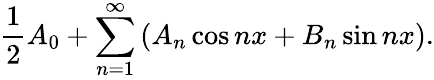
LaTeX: {\frac{1}{2}}A_{0}+\sum_{n=1}^{\infty}\left(A_{n}\cos nx+B_{n}\sin nx\right).